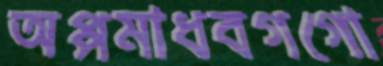
অপ্পমাধবগগো